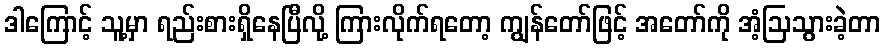
ဒါကြောင့် သူ့မှာ ရည်းစားရှိနေပြီလို့ ကြားလိုက်ရတော့ ကျွန်တော်ဖြင့် အတော်ကို အံ့ဩသွားခဲ့တာ